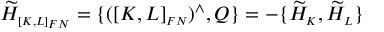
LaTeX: \widetilde { \cal H } _ { \scriptscriptstyle [ K , L ] _ { F N } } = \{ ( [ K , L ] _ { \scriptscriptstyle F N } ) ^ { \wedge } , Q \} = - \{ \widetilde { \cal H } _ { \scriptscriptstyle K } , \widetilde { \cal H } _ { \scriptscriptstyle L } \}